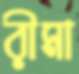
রীমা